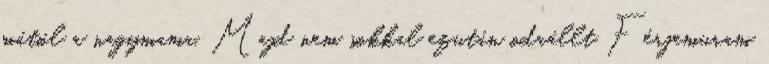
mától a nagymama. Majd nem sokkal ezután odaállt Férjemuram